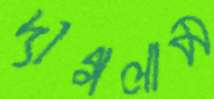
দাগলাম